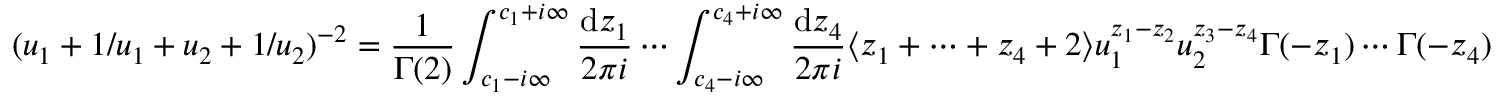
( u _ { 1 } + 1 / u _ { 1 } + u _ { 2 } + 1 / u _ { 2 } ) ^ { - 2 } = \frac { 1 } { \Gamma ( 2 ) } \int _ { c _ { 1 } - i \infty } ^ { c _ { 1 } + i \infty } \frac { \mathrm { d } z _ { 1 } } { 2 \pi i } \cdots \int _ { c _ { 4 } - i \infty } ^ { c _ { 4 } + i \infty } \frac { \mathrm { d } z _ { 4 } } { 2 \pi i } \langle z _ { 1 } + \cdots + z _ { 4 } + 2 \rangle u _ { 1 } ^ { z _ { 1 } - z _ { 2 } } u _ { 2 } ^ { z _ { 3 } - z _ { 4 } } \Gamma ( - z _ { 1 } ) \cdots \Gamma ( - z _ { 4 } )